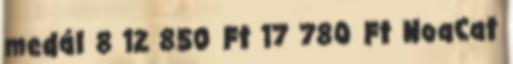
medál 8 12 850 Ft 17 780 Ft NoaCat